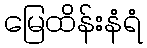
မြေထိန်းနံရံ